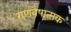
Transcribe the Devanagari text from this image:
गणवेषात्मक